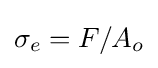
\sigma _{e}=F/A_{o}